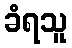
ခံရသူ